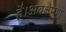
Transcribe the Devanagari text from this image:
है।अवक्षेपण